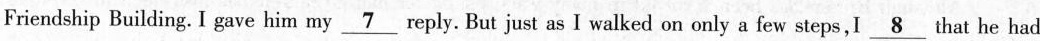
Friendship Building. I gave him my \underline{7} reply. But just as I walked on only a few steps,I \underline{8} that he had